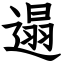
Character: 遢